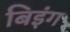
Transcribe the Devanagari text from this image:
बिइंग